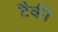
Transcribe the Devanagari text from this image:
टैकी